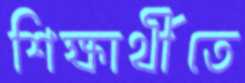
শিক্ষার্থীতে